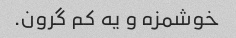
خوشمزه و یه کم گرون.